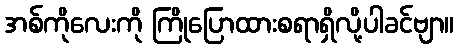
အစ်ကိုလေးကို ကြိုပြောထားစရာရှိလို့ပါခင်ဗျာ။